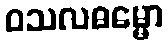
ဝသလဓမ္မော